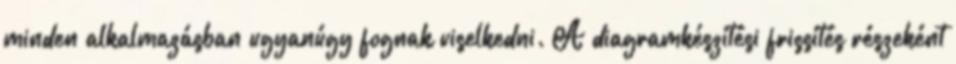
minden alkalmazásban ugyanúgy fognak viselkedni. A diagramkészítési frissítés részeként